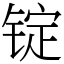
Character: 锭